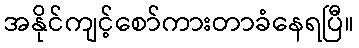
အနိုင်ကျင့်စော်ကားတာခံနေရပြီ။